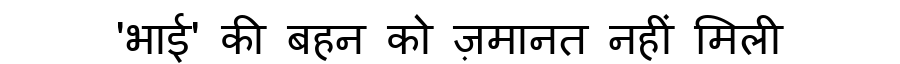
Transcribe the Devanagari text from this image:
'भाई' की बहन को ज़मानत नहीं मिली